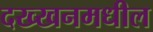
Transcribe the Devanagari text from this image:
दख्खनमधील